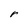
Character: r